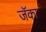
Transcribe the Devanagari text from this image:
जॅका